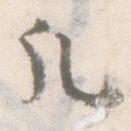
凡